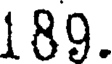
189.